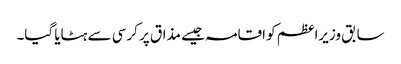
سابق وزیراعظم کو اقامہ جیسے مذاق پر کرسی سے ہٹایا گیا۔